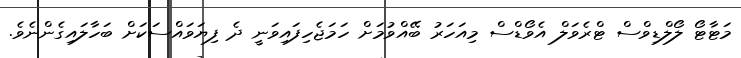
މަޓާޓޯ ލޯލްޑިވްސް ޓްރެވަލް އެވޯޑްސް މިއަހަރު ބޭއްވުމަށް ހަމަޖެހިފައިވަނީ ދެ ފިޔަވައްސަކަށް ބަހާލައިގެންނެވެ.